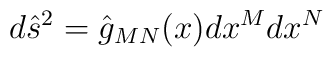
d{\hat s}^{2}={\hat g}_{MN}(x)dx^{M}dx^{N}